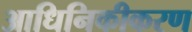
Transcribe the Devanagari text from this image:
आधिनिकीकरण